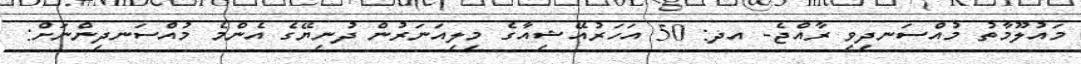
މައުލޫމާތު މުއްސަނދިވި ރާއްޖެ- އދ: 50 އަހަރުއޭޝިއާގެ މިލިއަނަރުން ދުނިޔޭގެ އެންމެ މުއްސަނދިންނަށް: